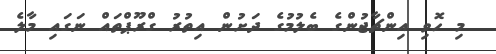
މި ހޮވި އިންޗާޖުންގެ ބެލުމުގެ ދަށުން އިތުރު ގްރޫޕްތައް ނަގައި މާލެ